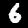
Label: 6